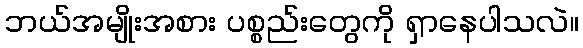
ဘယ်အမျိုးအစား ပစ္စည်းတွေကို ရှာနေပါသလဲ။